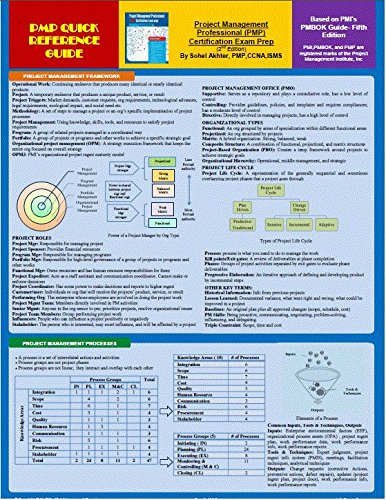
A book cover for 8 Pages Quick Reference Guide - Project Management Professional (PMP) Certification Exam Prep; Sohel Akhter; Test Preparation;